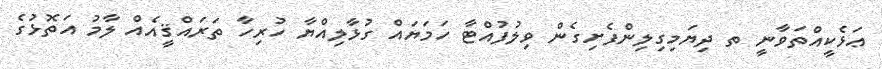
ޢަޅެކީއްތަވާނީ ތ ދިޔަމިގިލިންފެށިގެން ވިލުފުއްޓާ ހަމަޔައް ގުޅާލިއްޔާ ހުރިހާ ތަރައްޤީއެއް ލާމު އަތޮޅުގެ